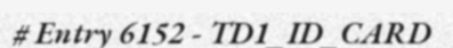
# Entry 6152 - TD1_ID_CARD